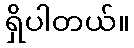
ရှိပါတယ်။